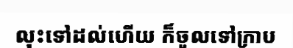
លុះទៅដល់ហើយ ក៏ចូលទៅក្រាប